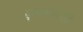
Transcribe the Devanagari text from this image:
पुतळ्यावरही